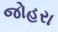
જોહરા